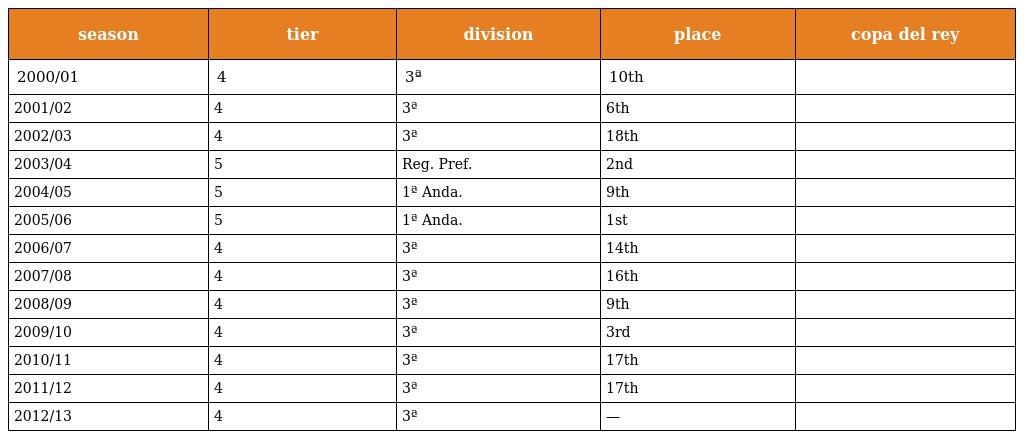
| season | tier | division | place | copa del rey |
 | --- | --- | --- | --- | --- |
 | 2000/01 | 4 | 3ª | 10th |  |
 | 2001/02 | 4 | 3ª | 6th |  |
 | 2002/03 | 4 | 3ª | 18th |  |
 | 2003/04 | 5 | Reg. Pref. | 2nd |  |
 | 2004/05 | 5 | 1ª Anda. | 9th |  |
 | 2005/06 | 5 | 1ª Anda. | 1st |  |
 | 2006/07 | 4 | 3ª | 14th |  |
 | 2007/08 | 4 | 3ª | 16th |  |
 | 2008/09 | 4 | 3ª | 9th |  |
 | 2009/10 | 4 | 3ª | 3rd |  |
 | 2010/11 | 4 | 3ª | 17th |  |
 | 2011/12 | 4 | 3ª | 17th |  |
 | 2012/13 | 4 | 3ª | — |  |